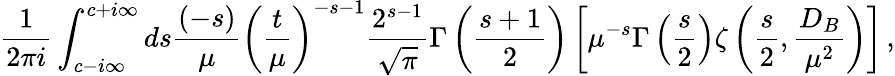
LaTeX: \frac 1{2\pi i}\int_{c-i\infty}^{c+i\infty}ds\frac{(-s)}{\mu}\left(\frac{t}{\mu}\right)^{-s-1}\frac{2^{s-1}}{\sqrt{\pi}}\Gamma\left(\frac{s+1}2\right)\left[\mu^{-s}\Gamma\left(\frac s2\right)\zeta\left(\frac s2,\frac{D_{B}}{\mu^{2}}\right)\right]\, ,